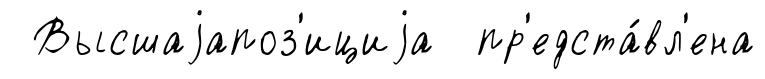
Высшаjапоз'ициjа пр'едста́вл'ена